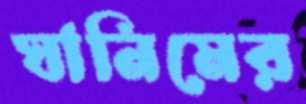
ঘানিমের